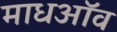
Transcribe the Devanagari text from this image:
माधऑव